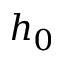
h _ { 0 }